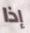
إذا